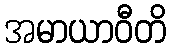
အမာယာဝီတိ